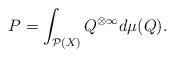
LaTeX: \begin{align*} P=\int_{\mathcal P(X)} Q^{\otimes \infty} d\mu(Q). \end{align*}